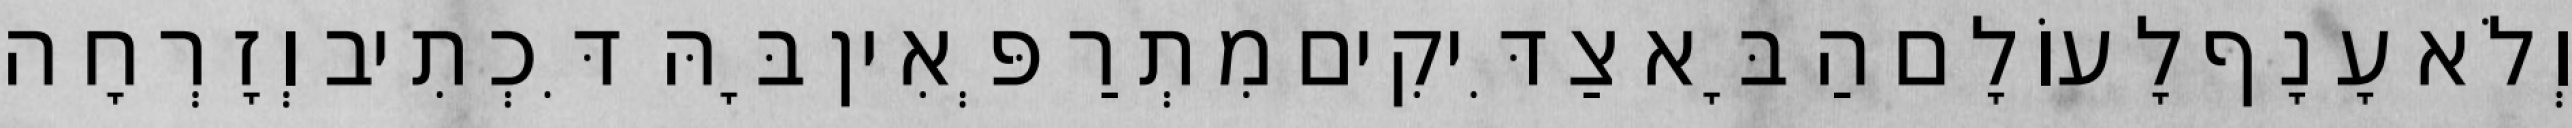
וְלֹא עָנָף לָעוֹלָם הַבָּא צַדִּיקִים מִתְרַפְּאִין בָּהּ דִּכְתִיב וְזָרְחָה